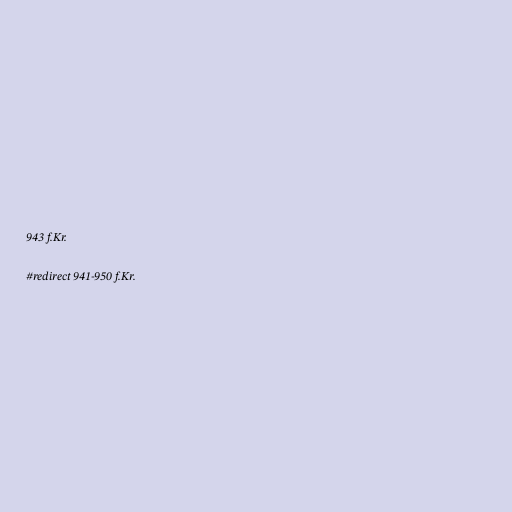
943 f.Kr.

#redirect 941-950 f.Kr.